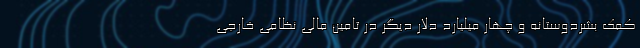
کمک بشردوستانه و چهار میلیارد دلار دیگر در تامین مالی نظامی خارجی